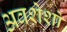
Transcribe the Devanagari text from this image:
अवशेशो